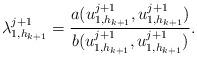
LaTeX: \begin{align*}\lambda_{1,h_{k+1}}^{j+1}=\frac{a(u_{1,h_{k+1}}^{j+1},u_{1,h_{k+1}}^{j+1})}{b(u_{1,h_{k+1}}^{j+1},u_{1,h_{k+1}}^{j+1})}.\end{align*}